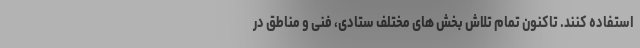
استفاده کنند. تاکنون تمام تلاش بخش های مختلف ستادی، فنی و مناطق در